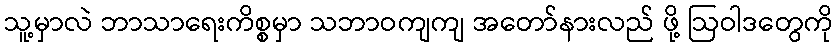
သူ့မှာလဲ ဘာသာရေးကိစ္စမှာ သဘာဝကျကျ အတော်နားလည် ဖို့ ဩဝါဒတွေကို